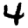
Digit: 4